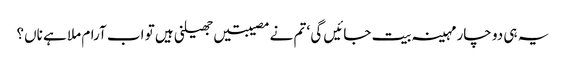
یہ ہی دو چار مہینہ بیت جائیں گی ‘ تم نے مصیبتیں جھیلنی ہیں تو اب آرام ملا ہے ناں؟